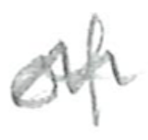
Text: of
Cross-out: wave
Writing tool: pencil